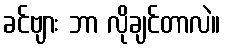
ခင်ဗျား ဘာ လိုချင်တာလဲ။